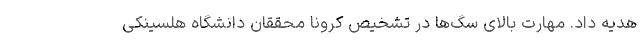
هدیه داد. مهارت بالای سگ‌ها در تشخیص کرونا محققان دانشگاه هلسینکی